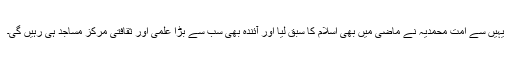
یہیں سے امت محمدیہ نے ماضی میں بھی اسلام کا سبق لیا اور آئندہ بھی سب سے بڑا علمی اور ثقافتی مرکز مساجد ہی رہیں گی۔